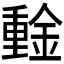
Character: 𰼞